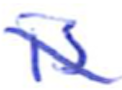
Text: is
Cross-out: diagonal
Writing tool: ballpoint